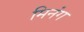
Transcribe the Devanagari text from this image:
मिनंग